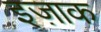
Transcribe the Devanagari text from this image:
इज़ाक